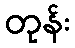
တုန်း